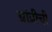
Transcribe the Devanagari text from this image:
ग्रांप्रीची